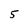
Character: 5